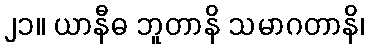
၂၁။ ယာနီဓ ဘူတာနိ သမာဂတာနိ၊